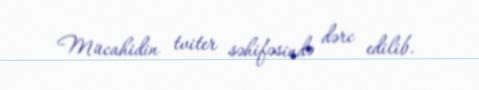
Mücahidin tviter səhifəsində dərc edilib.